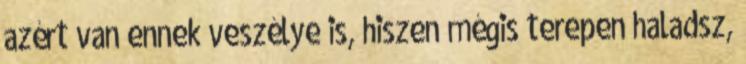
azért van ennek veszélye is, hiszen mégis terepen haladsz,